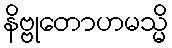
နိဗ္ဗုတောဟမသ္မိ